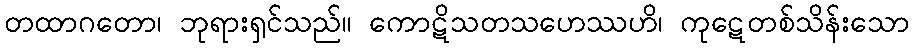
တထာဂတော၊ ဘုရားရှင်သည်။ ကောဋိသတသဟေဿဟိ၊ ကုဋေတစ်သိန်းသော